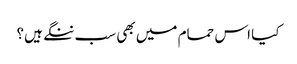
کیا اس حمام میں بھی سب ننگے ہیں؟